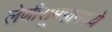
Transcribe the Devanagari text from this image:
लेणीसूमहामध्ये